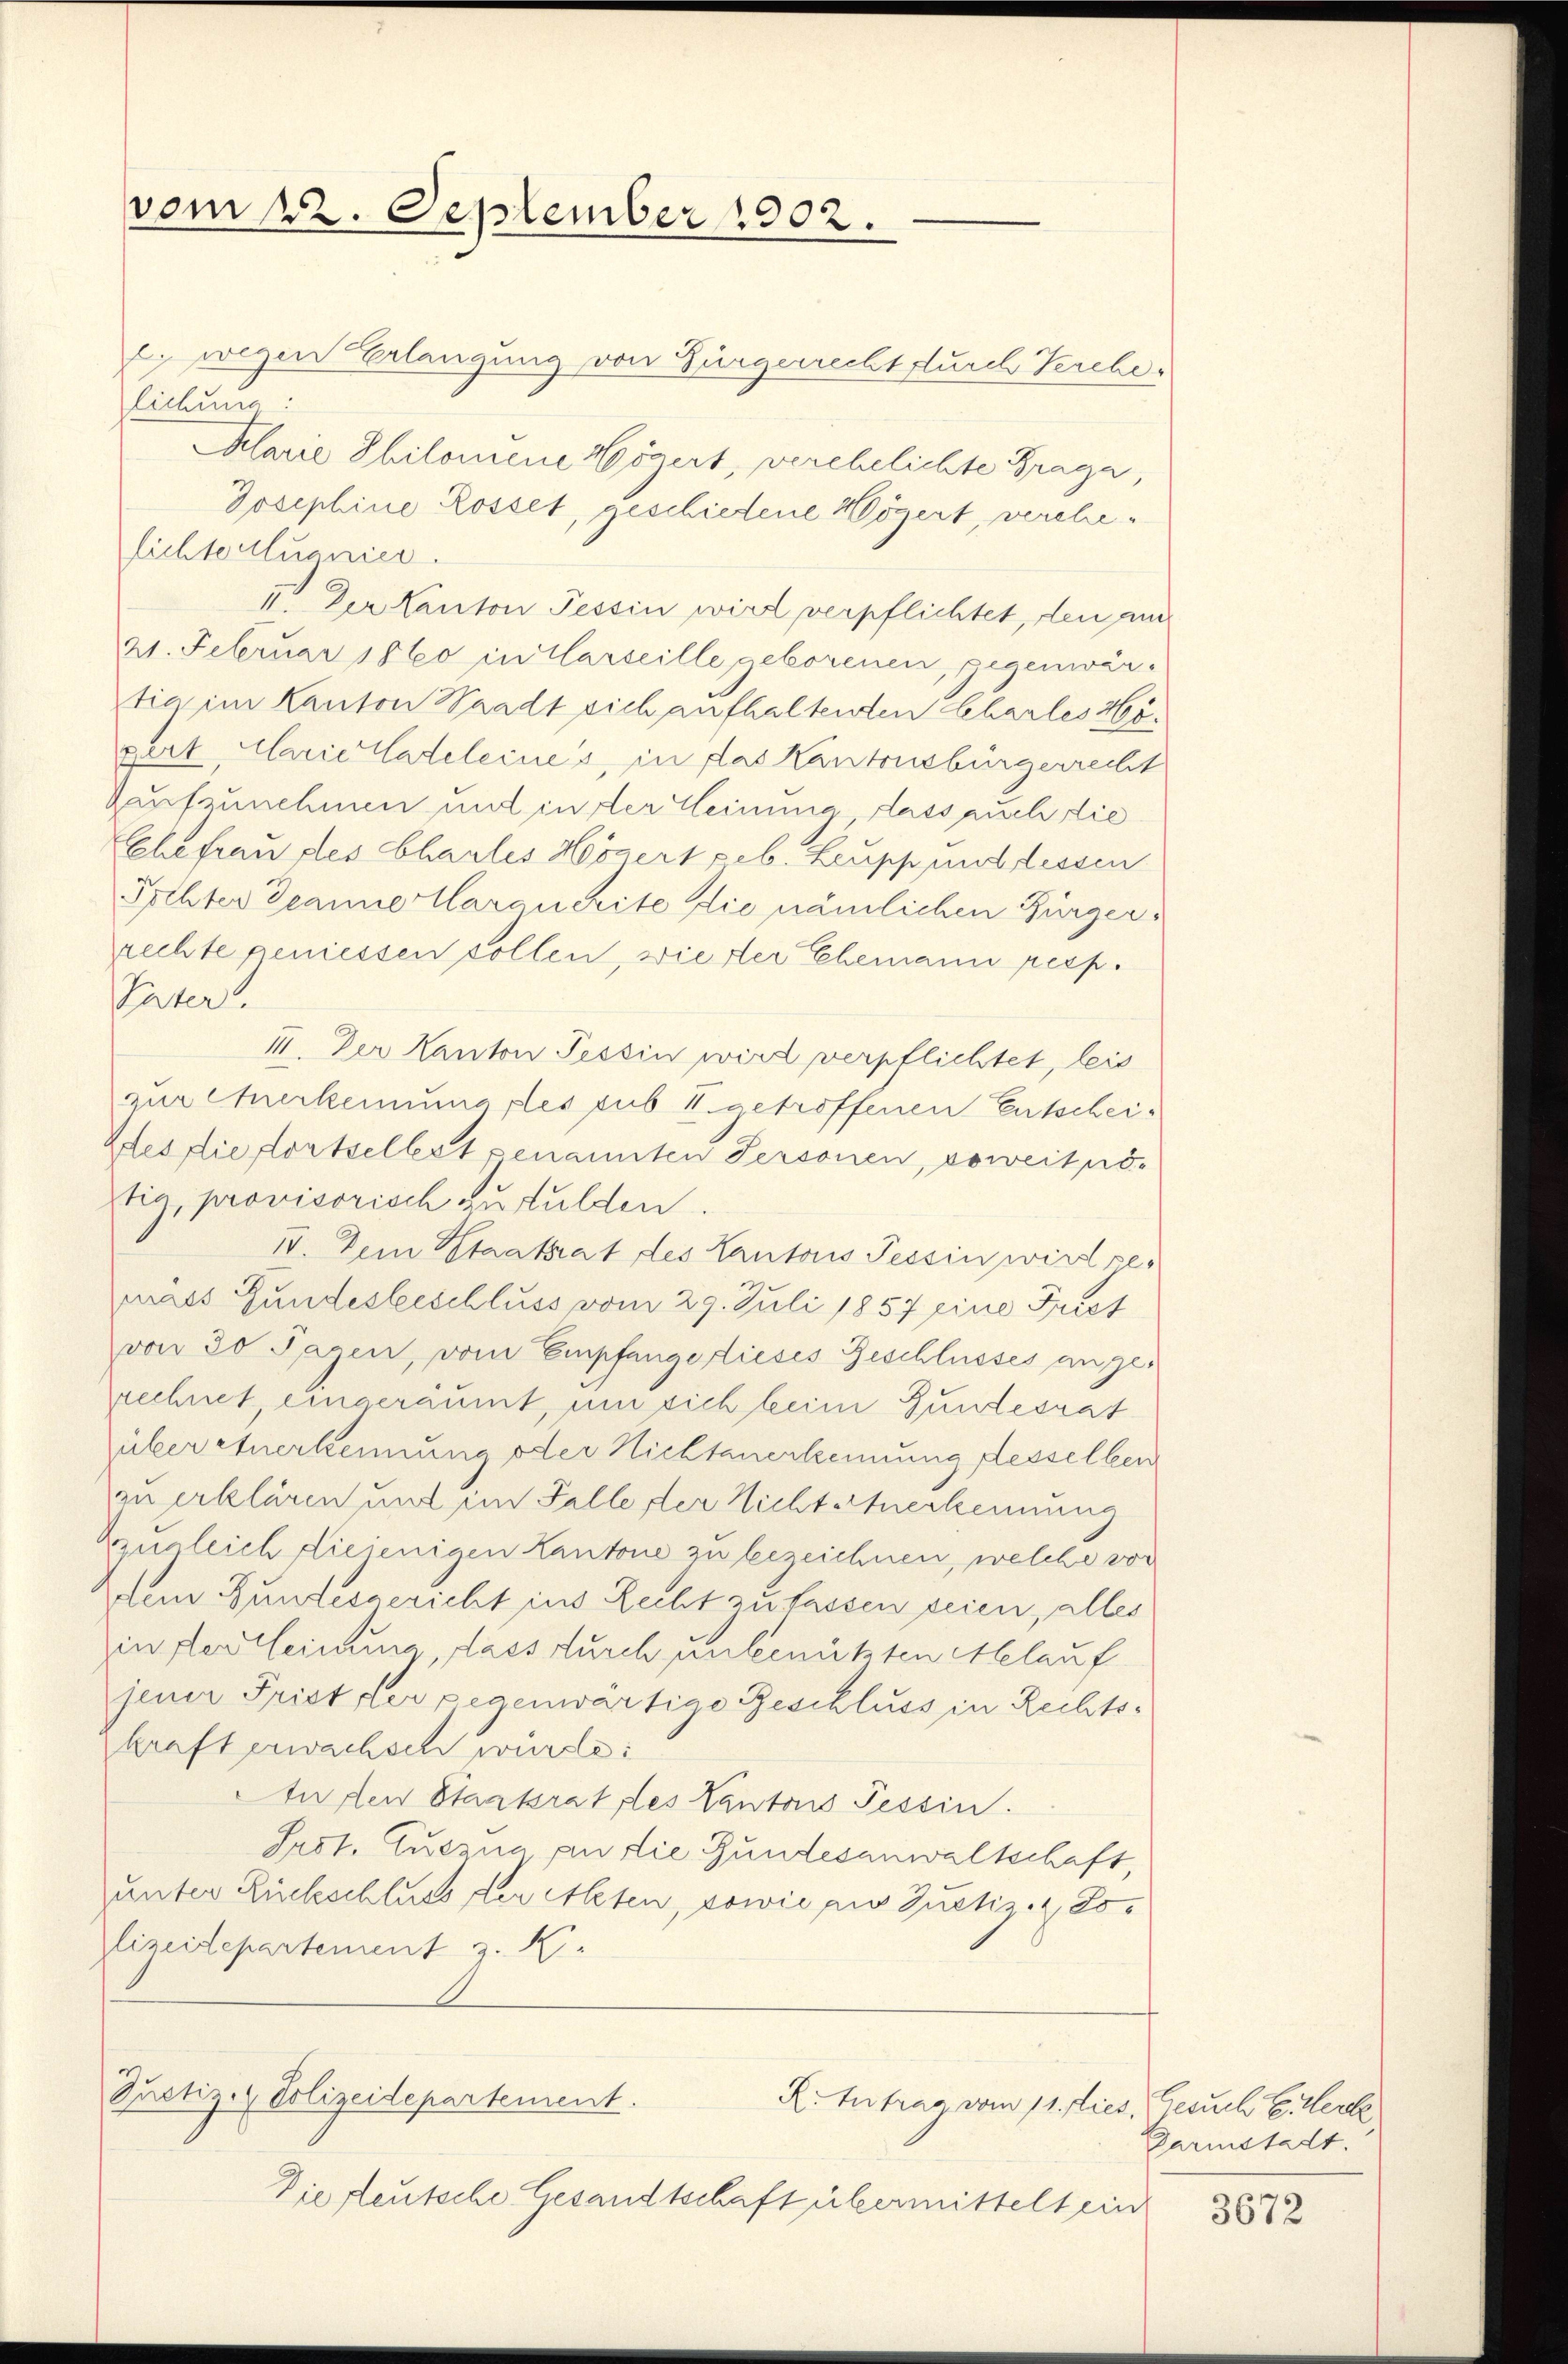
vom 22. September 1902.

l. wegen Erlangung von Bürgerrecht durch Verehelichung:
Alarie Philomene Zögert, verehelichte Frage,
Josephine Rosset, geschiedene Wögert, verehelichteilugnier.
II. Der Kanton Tessin wird verpflichtet, den ein
21. Februar 1860 in Clarseille geborenen, gegenwärtia im Kanton Waadt sich aufhaltenden Charles Hs.
gert, Marieladeleines, in das Kantonsbürgerrecht
Zaufzunehmen und in der Meinung, dass auch die
Ehefrau des Chartes Horgert geb. Leupp und lessen
Sichter Semmellarquerite die nämlichen Bürgerrechte geniessen sollen, wie der Ehemann resp.
Pater.
II. Der Kanton Tessin wird verpflichtet, leis
zur Anerkenunaples sub N. getroffenen Entscheites die fortselbst genannten Personen, soweit nötig, provisorisch zu hulden.
IV. Dem Staatsrat des Kantons Tessin wird gemass Gundesbeschluss vom 29. Juli 1857 eine Frist
von 30 Tagen, vom Empfange dieses Geschlusses angerechnet, eingeräumt, um sich beim Gundesrat
über Anerkennung oder Nichtanerkennung desselben
zu erklären und im Falle der Nichtanerkennung
zugleich diejenigen Kantone zu bezeichnen, welche vor
dem Bundesgericht ins Recht zu lassen seien, alles
in der kleinung, dass durch unbenützten Ablauf
jener Friet der gegenwärtige Geschluss in Rechtskraft erwachsch wurde:
An den Staatsrat des Cantons Tessin.
Sadt. Cuszna an die Gundesanwaltschaft,
unter Rückschluss der Alten, sowie aus Justiz, 2 Es
lizeidepartement z. K.
Justiz- & Polizeidepartement.
K. tutrag vom 11. dies, Gesuch Eier
Die deutsche Gesandtschaft übermittelt ein

Garmstadt.

3672